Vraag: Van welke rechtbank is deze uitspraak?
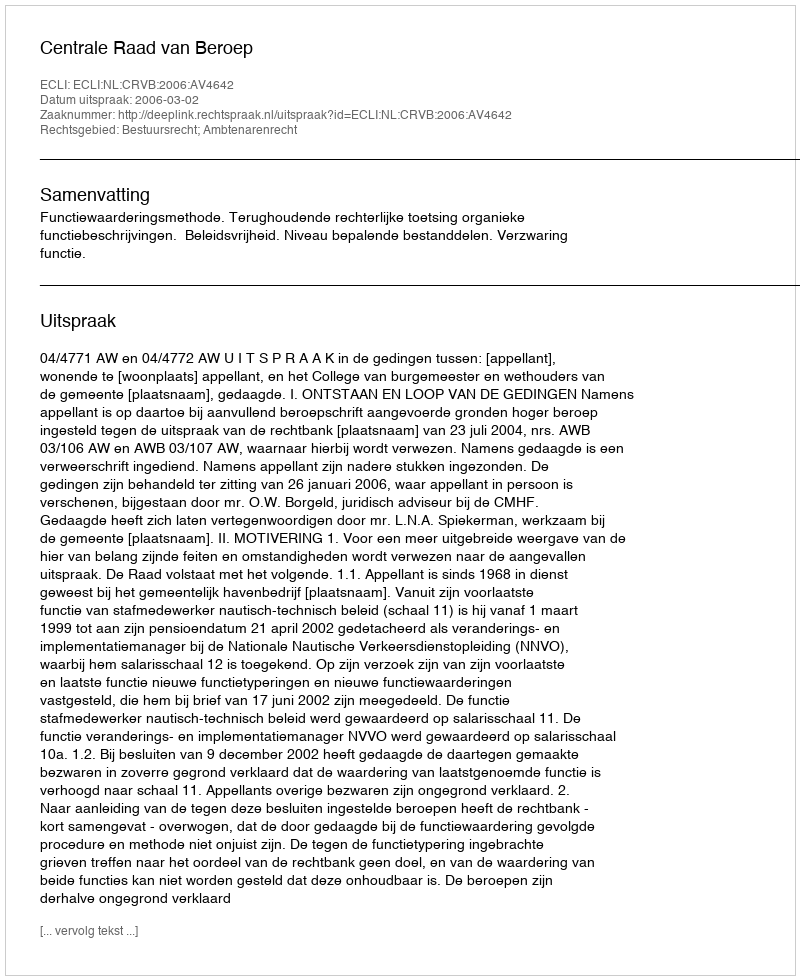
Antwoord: Centrale Raad van Beroep